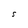
Character: S